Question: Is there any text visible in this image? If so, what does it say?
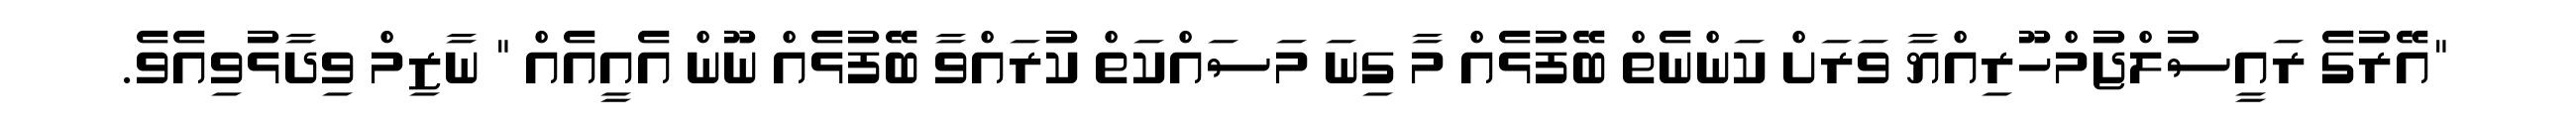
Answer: "އޭރުގެ ރައީސުލްޖުމްހޫރިއްޔާ ވަރަށް ކަންނެތް ބޭފުޅެއް މާ ގިނަ މަސައްކަތް ކުރައްވާ ބޭފުޅެއް ނޫން އެއީއެއް " ނާޒިމް ވިދާޅުވިއެވެ.